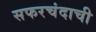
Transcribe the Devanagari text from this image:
सफरचंदाची